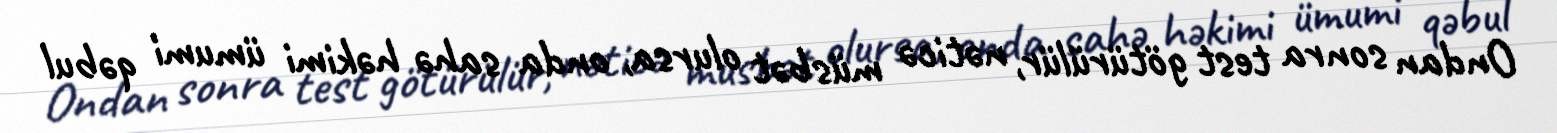
Ondan sonra test götürülür, nəticə müsbət olursa, onda sahə həkimi ümumi qəbul